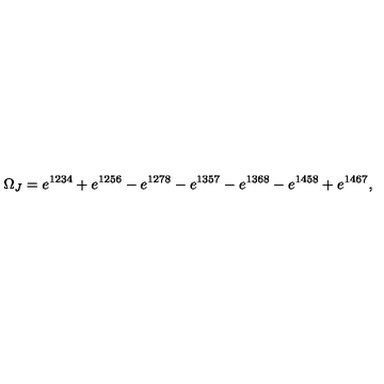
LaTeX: \Omega _ { J } = e ^ { 1 2 3 4 } + e ^ { 1 2 5 6 } - e ^ { 1 2 7 8 } - e ^ { 1 3 5 7 } - e ^ { 1 3 6 8 } - e ^ { 1 4 5 8 } + e ^ { 1 4 6 7 } ,